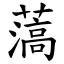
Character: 薃